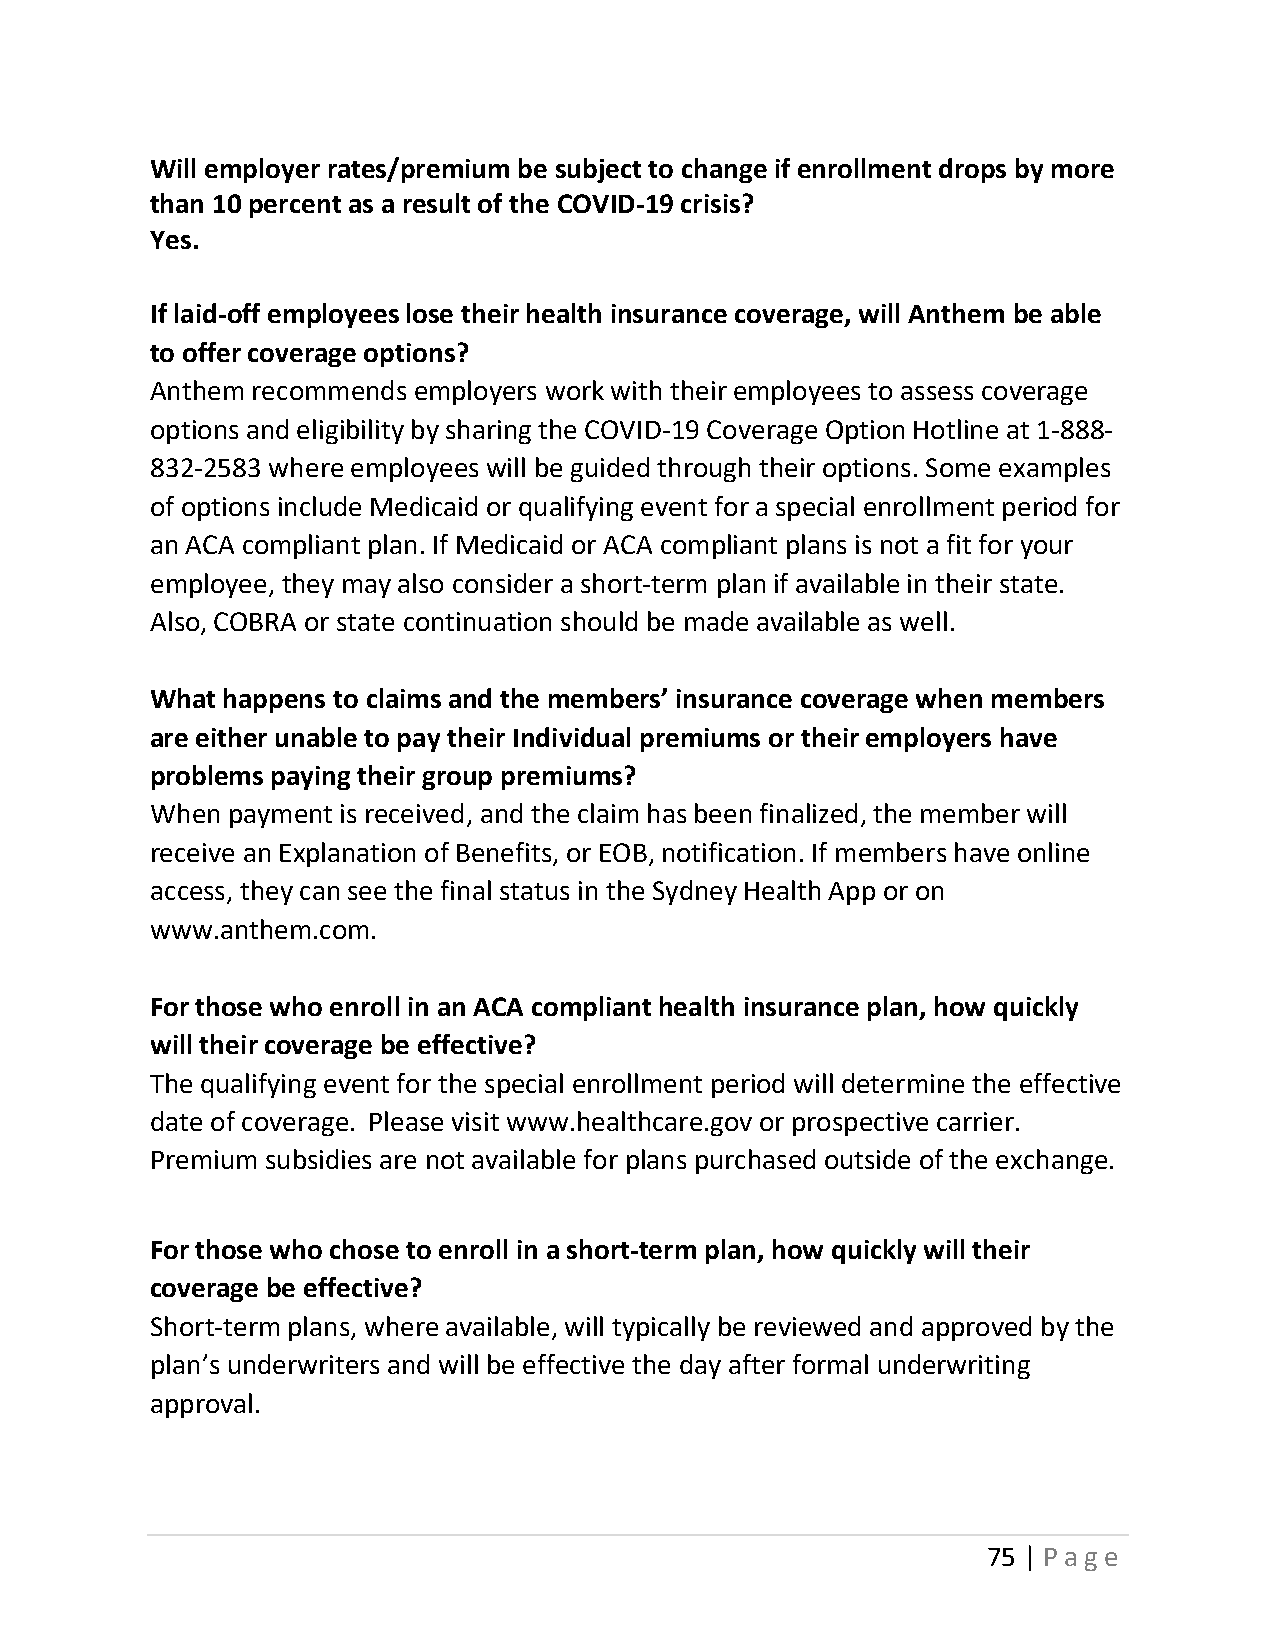
Will employer rates/premium be subject to change if enrollment drops by more
 than 10 percent as a result of the COVID-19 crisis?
 Yes.
 If laid-off employees lose their health insurance coverage, will Anthem be able
 to offer coverage options?
 Anthem recommends employers work with their employees to assess coverage
 options and eligibility by sharing the COVID-19 Coverage Option Hotline at 1-888-
 832-2583 where employees will be guided through their options. Some examples
 of options include Medicaid or qualifying event for a special enrollment period for
 an ACA compliant plan. If Medicaid or ACA compliant plans is not a fit for your
 employee, they may also consider a short-term plan if available in their state.
 Also, COBRA or state continuation should be made available as well.
 What happens to claims and the members’ insurance coverage when members
 are either unable to pay their Individual premiums or their employers have
 problems paying their group premiums?
 When payment is received, and the claim has been finalized, the member will
 receive an Explanation of Benefits, or EOB, notification. If members have online
 access, they can see the final status in the Sydney Health App or on
 www.anthem.com.
 For those who enroll in an ACA compliant health insurance plan, how quickly
 will their coverage be effective?
 The qualifying event for the special enrollment period will determine the effective
 date of coverage. Please visit www.healthcare.gov or prospective carrier.
 Premium subsidies are not available for plans purchased outside of the exchange.
 For those who chose to enroll in a short-term plan, how quickly will their
 coverage be effective?
 Short-term plans, where available, will typically be reviewed and approved by the
 plan’s underwriters and will be effective the day after formal underwriting
 approval.
 75 | Page